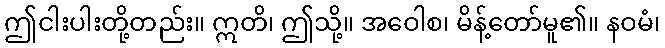
ဤငါးပါးတို့တည်း။ ဣတိ၊ ဤသို့။ အဝေါစ၊ မိန့်တော်မူ၏။ နဝမံ၊